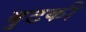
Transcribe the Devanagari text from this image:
बुटकी